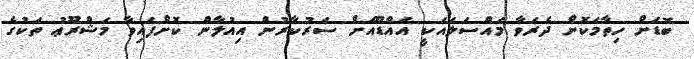
ބޮޑަށް ހިތާމަކޮށް ދެރަވާ މައްސަލައަކީ އައްޑޫއަށް ސަރުކާރުން އިއުލާން ކޮށްފައިވާ މަޝްރޫޢު ތަކުގެ